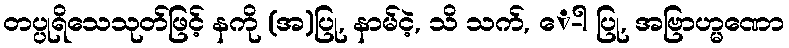
တပ္ပုရိသေသုတ်ဖြင့် နကို (အ)ပြု, နာမ်ငဲ့, သိ သက်, ေ-ါ ပြု, အဗြာဟ္မဏော